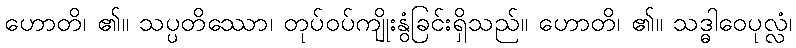
ဟောတိ၊ ၏။ သပ္ပတိဿော၊ တုပ်ဝပ်ကျိုးနွံခြင်းရှိသည်။ ဟောတိ၊ ၏။ သဒ္ဓါဝေပုလ္လံ၊